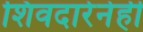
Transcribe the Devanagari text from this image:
शिवदारेनेही